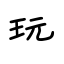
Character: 玩